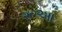
રૂઆ